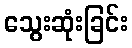
သွေးဆုံးခြင်း